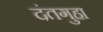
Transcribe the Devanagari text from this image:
दंतगुहा